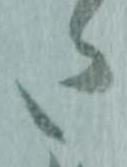
た